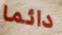
دائما